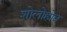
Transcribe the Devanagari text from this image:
शोलोहोव